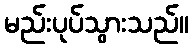
မည်းပုပ်သွားသည်။